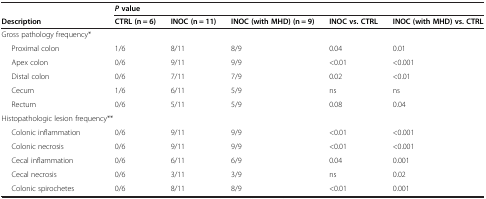
|  |  | <COLSPAN=5> P value |
 | --- | --- | --- | --- | --- | --- | --- |
 | Description |  | CTRL (n = 6) | INOC (n = 11) | INOC (with MHD) (n = 9) | INOC vs. CTRL | INOC (with MHD) vs. CTRL |
 | <COLSPAN=2> Gross pathology frequency* |  |  |  |  |  |
 |  | Proximal colon | 1/6 | 8/11 | 8/9 | 0.04 | 0.01 |
 |  | Apex colon | 0/6 | 9/11 | 9/9 | <0.01 | <0.001 |
 |  | Distal colon | 0/6 | 7/11 | 7/9 | 0.02 | <0.01 |
 |  | Cecum | 1/6 | 6/11 | 5/9 | ns | ns |
 |  | Rectum | 0/6 | 5/11 | 5/9 | 0.08 | 0.04 |
 | <COLSPAN=3> Histopathologic lesion frequency** |  |  |  |  |
 |  | Colonic inflammation | 0/6 | 9/11 | 9/9 | <0.01 | <0.001 |
 |  | Colonic necrosis | 0/6 | 9/11 | 9/9 | <0.01 | <0.001 |
 |  | Cecal inflammation | 0/6 | 6/11 | 6/9 | 0.04 | 0.001 |
 |  | Cecal necrosis | 0/6 | 3/11 | 3/9 | ns | 0.02 |
 |  | Colonic spirochetes | 0/6 | 8/11 | 8/9 | <0.01 | 0.001 |